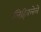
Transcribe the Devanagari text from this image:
लिहिवलेले